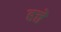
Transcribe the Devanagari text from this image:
हत्ते